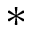
*